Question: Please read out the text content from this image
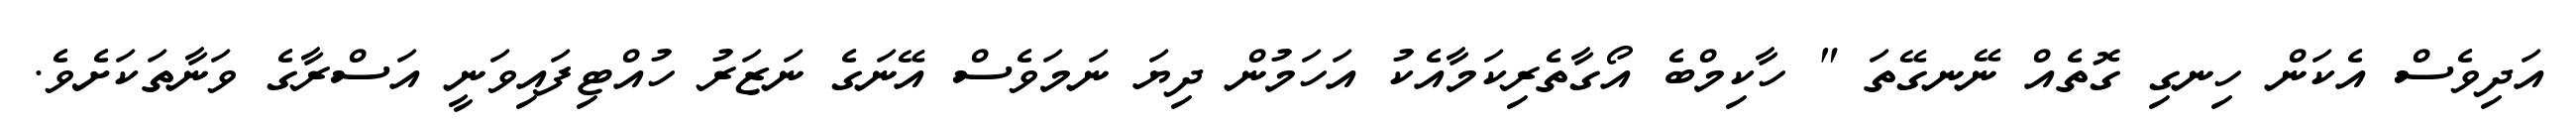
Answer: އަދިވެސް އެކަން ހިނގި ގޮތެއް ނޭނގޭތަ " ހާކިމްބެ އޯގާތެރިކަމާއެކު އަހަމުން ދިޔަ ނަމަވެސް އޭނަގެ ނަޒަރު ހުއްޓިފައިވަނީ އަސްރާގެ ވަނާތަކަށެވެ.